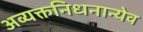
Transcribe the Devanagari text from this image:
अव्यक्तनिधनान्येव